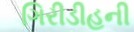
ગિરીડીહની